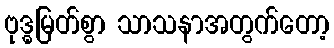
ဗုဒ္ဓမြတ်စွာ သာသနာအတွက်တော့